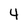
Character: 4